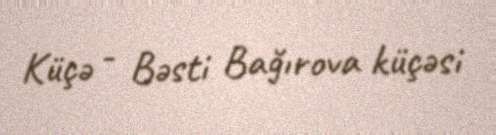
Küçə - Bəsti Bağırova küçəsi